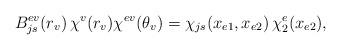
LaTeX: \begin{align*} B_{js}^{ev}(r_v)\,\chi^v(r_v)\chi^{ev}(\theta_v) = \chi_{js}(x_{e1},x_{e2})\,\chi_2^e(x_{e2}),\end{align*}